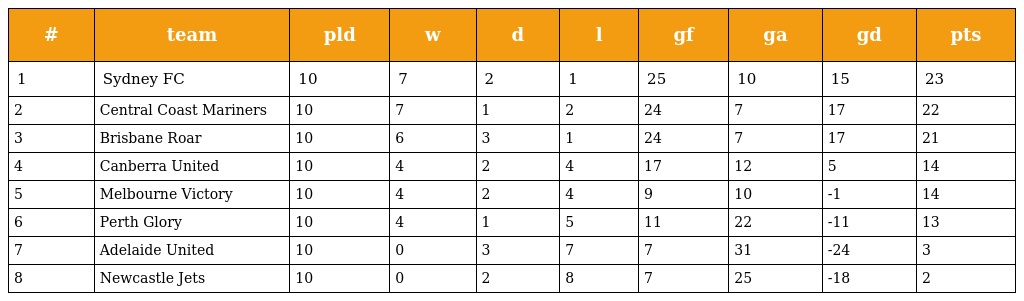
| # | team | pld | w | d | l | gf | ga | gd | pts |
 | --- | --- | --- | --- | --- | --- | --- | --- | --- | --- |
 | 1 | Sydney FC | 10 | 7 | 2 | 1 | 25 | 10 | 15 | 23 |
 | 2 | Central Coast Mariners | 10 | 7 | 1 | 2 | 24 | 7 | 17 | 22 |
 | 3 | Brisbane Roar | 10 | 6 | 3 | 1 | 24 | 7 | 17 | 21 |
 | 4 | Canberra United | 10 | 4 | 2 | 4 | 17 | 12 | 5 | 14 |
 | 5 | Melbourne Victory | 10 | 4 | 2 | 4 | 9 | 10 | -1 | 14 |
 | 6 | Perth Glory | 10 | 4 | 1 | 5 | 11 | 22 | -11 | 13 |
 | 7 | Adelaide United | 10 | 0 | 3 | 7 | 7 | 31 | -24 | 3 |
 | 8 | Newcastle Jets | 10 | 0 | 2 | 8 | 7 | 25 | -18 | 2 |